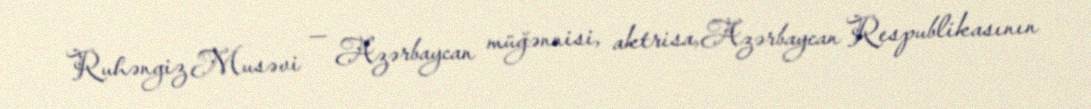
Ruhəngiz Musəvi — Azərbaycan müğənnisi, aktrisa,Azərbaycan Respublikasının